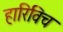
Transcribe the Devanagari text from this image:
हारिविच